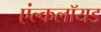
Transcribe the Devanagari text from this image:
एंल्कलॉयड